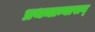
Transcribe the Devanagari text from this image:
प्रथमान्यासन्